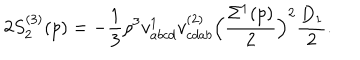
2 S _ { 2 } ^ { ( 3 ) } ( p ) = - \frac { 1 } { 3 } \rho ^ { 3 } v _ { a b c d } ^ { 1 } v _ { c d a b } ^ { ( 2 ) } \Bigl ( \frac { \Sigma ^ { 1 } ( p ) } { 2 } \Bigr ) ^ { 2 } \frac { D _ { 1 } } { 2 } .